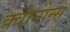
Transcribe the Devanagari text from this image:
क्वीनोन्स